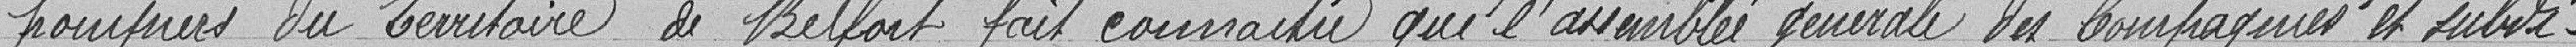
pompiers du Territoire de Belfort fait connaître que l'assemblée générale des compagnies et subdi-